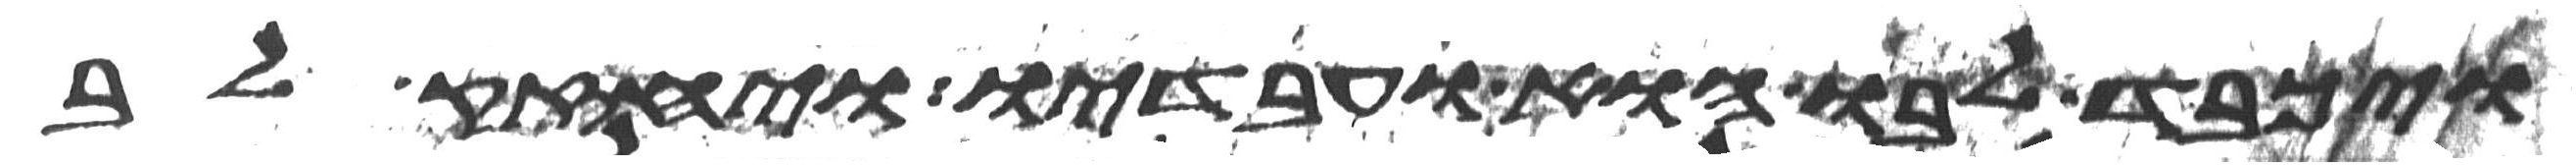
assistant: ויכבד לבו הוא ועבדיו ויחזק לב